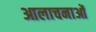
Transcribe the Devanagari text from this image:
आलाचनाओं